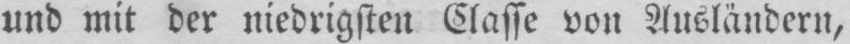
und mit der niedrigsten Classe von Ausländern,